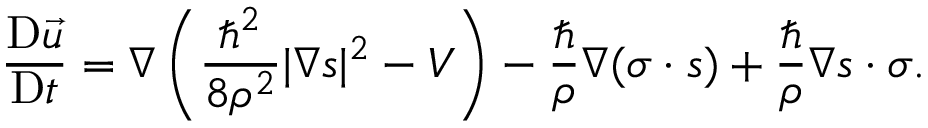
\frac { \mathrm { D } \vec { u } } { \mathrm { D } t } = \boldsymbol { \nabla } \left( \frac { { \hbar } ^ { 2 } } { 8 \rho ^ { 2 } } | \boldsymbol { \nabla } \boldsymbol { s } | ^ { 2 } - V \right) - \frac { \hbar } { \rho } \boldsymbol { \nabla } ( \boldsymbol { \sigma } \cdot \boldsymbol { s } ) + \frac { \hbar } { \rho } \boldsymbol { \nabla } \boldsymbol { s } \cdot \boldsymbol { \sigma } .